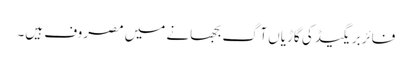
فائربریگیڈ کی گاڑیاں آگ بجھانے میں مصروف ہیں۔